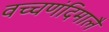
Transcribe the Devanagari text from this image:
वच्चणंदिमालै